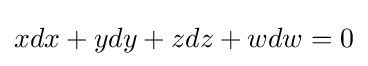
xdx+ydy+zdz+wdw=0